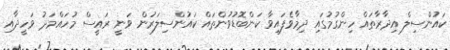
ކައުންސިލް އިދާރާތައް ހިންގުމުގައި ދިމާވެފައިވާ ކަންބޮޑުވުންތައް ކައުންސިލަރުން ވަނީ ރައީސް މުހައްމަދު ވަހީދާއި